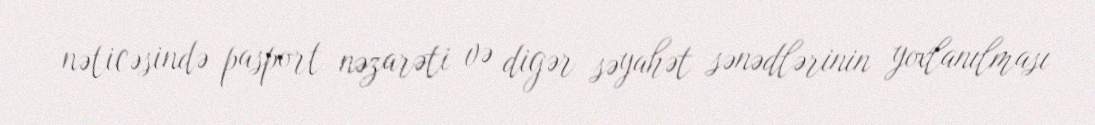
nəticəsində pasport nəzarəti və digər səyahət sənədlərinin yoxlanılması